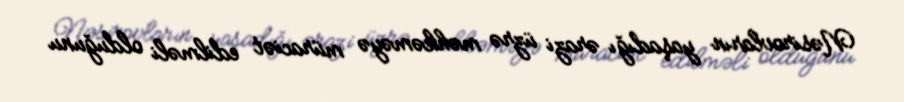
Nəsirovların yaşadığı ərazi üzrə məhkəməyə müraciət edilməli olduğunu